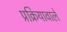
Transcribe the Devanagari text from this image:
प्रक्रियावाले